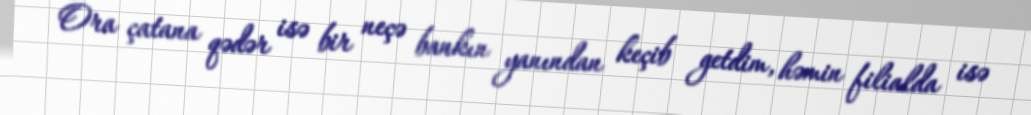
Ora çatana qədər isə bir neçə bankın yanından keçib getdim, həmin filialda isə